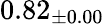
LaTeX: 0.82_{\pm 0.00}